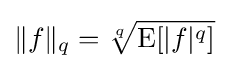
\|f\|_{q}={\sqrt[{q}]{\operatorname {E} [|f|^{q}]}}